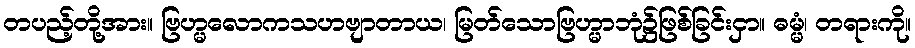
တပည့်တို့အား။ ဗြဟ္မလောကသဟဗျာတာယ၊ မြတ်သောဗြဟ္မာဘုံ၌ဖြစ်ခြင်းငှာ။ ဓမ္မံ၊ တရားကို။